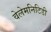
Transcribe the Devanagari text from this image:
वेलेमनिटिडी